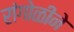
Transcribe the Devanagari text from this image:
रांंगोळीने